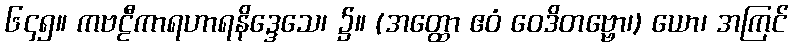
၆၄၅။ ကဗဠီကာရဟာရနိဒ္ဒေသေ၊ ၌။ (အတ္ထော ဧဝံ ဝေဒိတဗ္ဗော၊) ယော၊ အကြင်